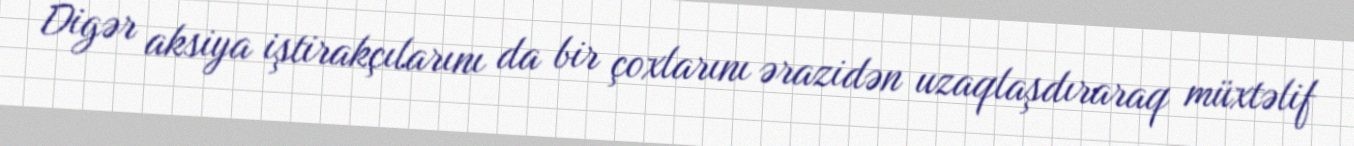
Digər aksiya iştirakçılarını da bir çoxlarını ərazidən uzaqlaşdıraraq müxtəlif